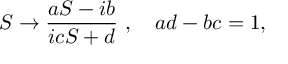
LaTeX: S \rightarrow \frac { a S - i b } { i c S + d } \ , \quad a d - b c = 1 ,